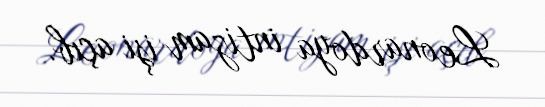
Leonardoya intizam işi açıb.